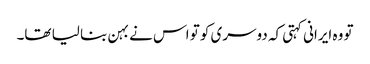
تو وہ ایرانی کہتی کہ دوسری کو تو اس نے بہن بنا لیا تھا۔